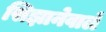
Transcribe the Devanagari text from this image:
सिझानेवाले